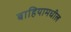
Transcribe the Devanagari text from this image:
बाहियामधील